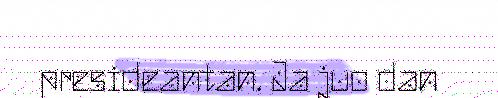
presideantan. Ja juo dan